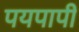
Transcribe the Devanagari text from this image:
पयपापी